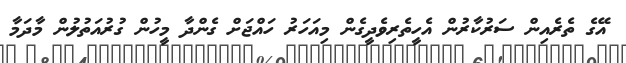
އޭގެ ތެރެއިން ސަރުކާރުން އެހީތެރިވެދީގެން މިއަހަރު ހައްޖަށް ގެންދާ މީހުން ގުރުއަތުލުން މާދަމާ